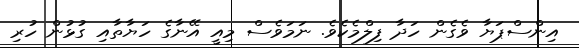
އިންސްޕަޔާ ވެގެން ހަދާ ފިލްމެކެވެ. ނަމަވެސް މިއީ އޭނާގެ ހަޔާތާއި ގުޅުން ހުރި